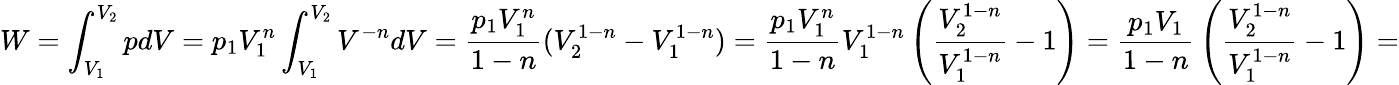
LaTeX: W=\int_{V_{1}}^{V_{2}}pdV=p_{1}V_{1}^{n}\int_{V_{1}}^{V_{2}}V^{-n}dV={\frac{p_{1}V_{1}^{n}}{1-n}}(V_{2}^{1-n}-V_{1}^{1-n})={\frac{p_{1}V_{1}^{n}}{1-n}}V_{1}^{1-n}\left({\frac{V_{2}^{1-n}}{V_{1}^{1-n}}}-1\right)={\frac{p_{1}V_{1}}{1-n}}\left({\frac{V_{2}^{1-n}}{V_{1}^{1-n}}}-1\right)=